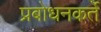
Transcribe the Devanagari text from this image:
प्रबोधनकर्ते